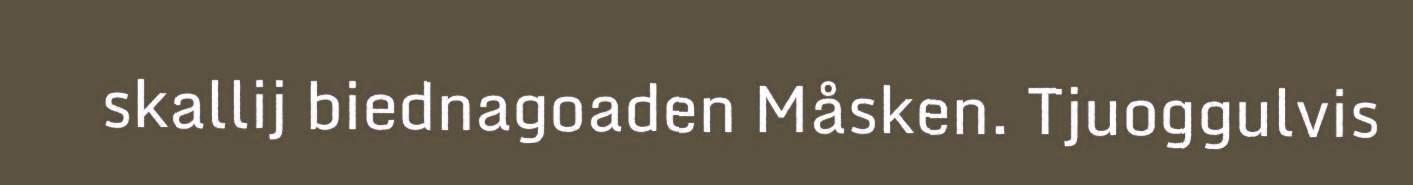
skallij biednagoaden Måsken. Tjuoggulvis